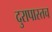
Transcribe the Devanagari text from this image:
दुरापास्तच